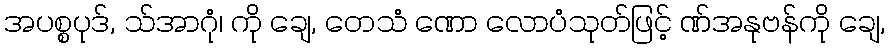
အပစ္စပုဒ်, သ်အာဂုံ၊ ကို ချေ, တေသံ ဏော လောပံသုတ်ဖြင့် ဏ်အနုဗန်ကို ချေ,